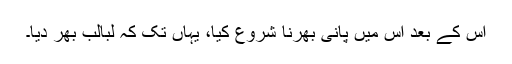
اس کے بعد اس میں پانی بھرنا شروع کیا، یہاں تک کہ لبالب بھر دیا۔